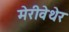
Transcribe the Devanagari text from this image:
मेरीवेथेर